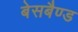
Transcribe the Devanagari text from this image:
बेसबैण्ड